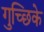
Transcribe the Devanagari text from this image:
गुच्छिके